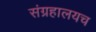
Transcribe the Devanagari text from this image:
संग्रहालयच